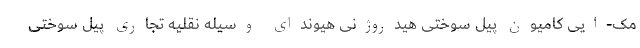
مک-ایی کامیون پیل سوختی هیدروژنی هیوندای وسیله نقلیه تجاری پیل سوختی